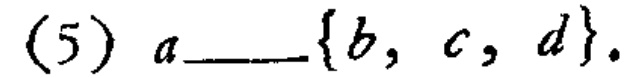
(5) \(a\underline{\quad\quad}\{b, c, d\}\).